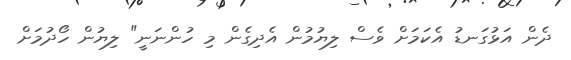
ދެން އަޅުގަނޑު އެކަމަށް ވެސް ލިޔުމުން އެދިގެން މި ހުންނަނީ" ލިޔުން ހޯދުމަށް